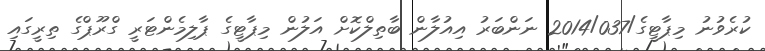
ކުރެވުނު މިޕާޓީގެ/2014/037 ނަންބަރު އިއުލާން ބާތިލްކޮށް އަލުން މިޕާޓީގެ ޕާލިމެންޓަރީ ގްރޫޕްގެ ތިރީގައި